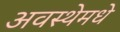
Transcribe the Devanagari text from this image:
अवस्थेमधे